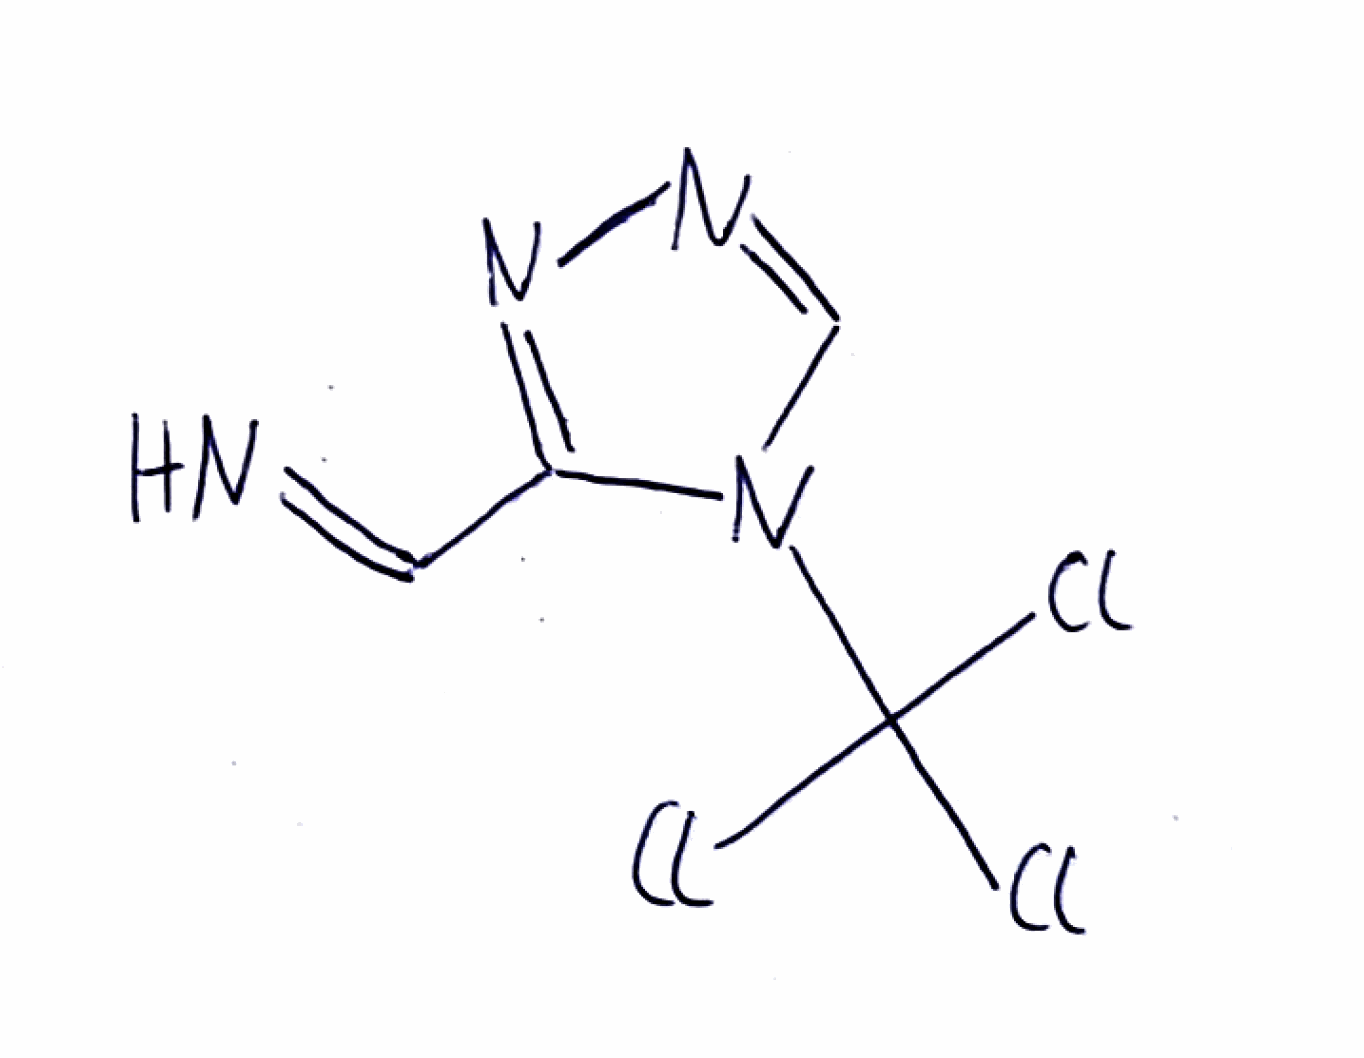
Simplified molecular-input line-entry system (SMILES) notation of the given molecule:
C1=NN=C(N1C(Cl)(Cl)Cl)C=N